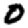
Digit: 0